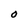
Character: O